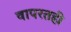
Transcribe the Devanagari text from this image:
वापरतही